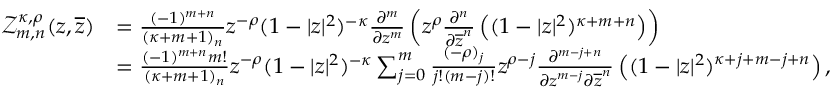
\begin{array} { r l } { \mathcal { Z } _ { m , n } ^ { \kappa , \rho } ( z , \overline { { z } } ) } & { = \frac { ( - 1 ) ^ { m + n } } { ( \kappa + m + 1 ) _ { n } } z ^ { - \rho } ( 1 - | z | ^ { 2 } ) ^ { - \kappa } \frac { \partial ^ { m } } { \partial z ^ { m } } \left( z ^ { \rho } \frac { \partial ^ { n } } { \partial \overline { { z } } ^ { n } } \left( ( 1 - | z | ^ { 2 } ) ^ { \kappa + m + n } \right) \right) } \\ & { = \frac { ( - 1 ) ^ { m + n } m ! } { ( \kappa + m + 1 ) _ { n } } z ^ { - \rho } ( 1 - | z | ^ { 2 } ) ^ { - \kappa } \sum _ { j = 0 } ^ { m } \frac { ( - \rho ) _ { j } } { j ! ( m - j ) ! } z ^ { \rho - j } \frac { \partial ^ { m - j + n } } { \partial z ^ { m - j } \partial \overline { { z } } ^ { n } } \left( ( 1 - | z | ^ { 2 } ) ^ { \kappa + j + m - j + n } \right) , } \end{array}